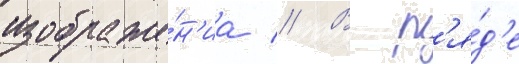
изображе́н'иа // В р'я́д'е